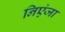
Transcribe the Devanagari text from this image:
निएंजा